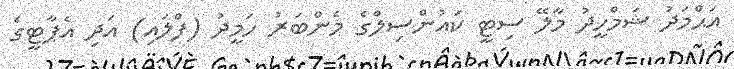
އަޙްމަދު ޝަމްހީދު މާލޭ ސިޓީ ކައުންސިލްގެ މެންބަރު ހަމީދު (ފްލައި) އަދި އެޕާޓީގެ